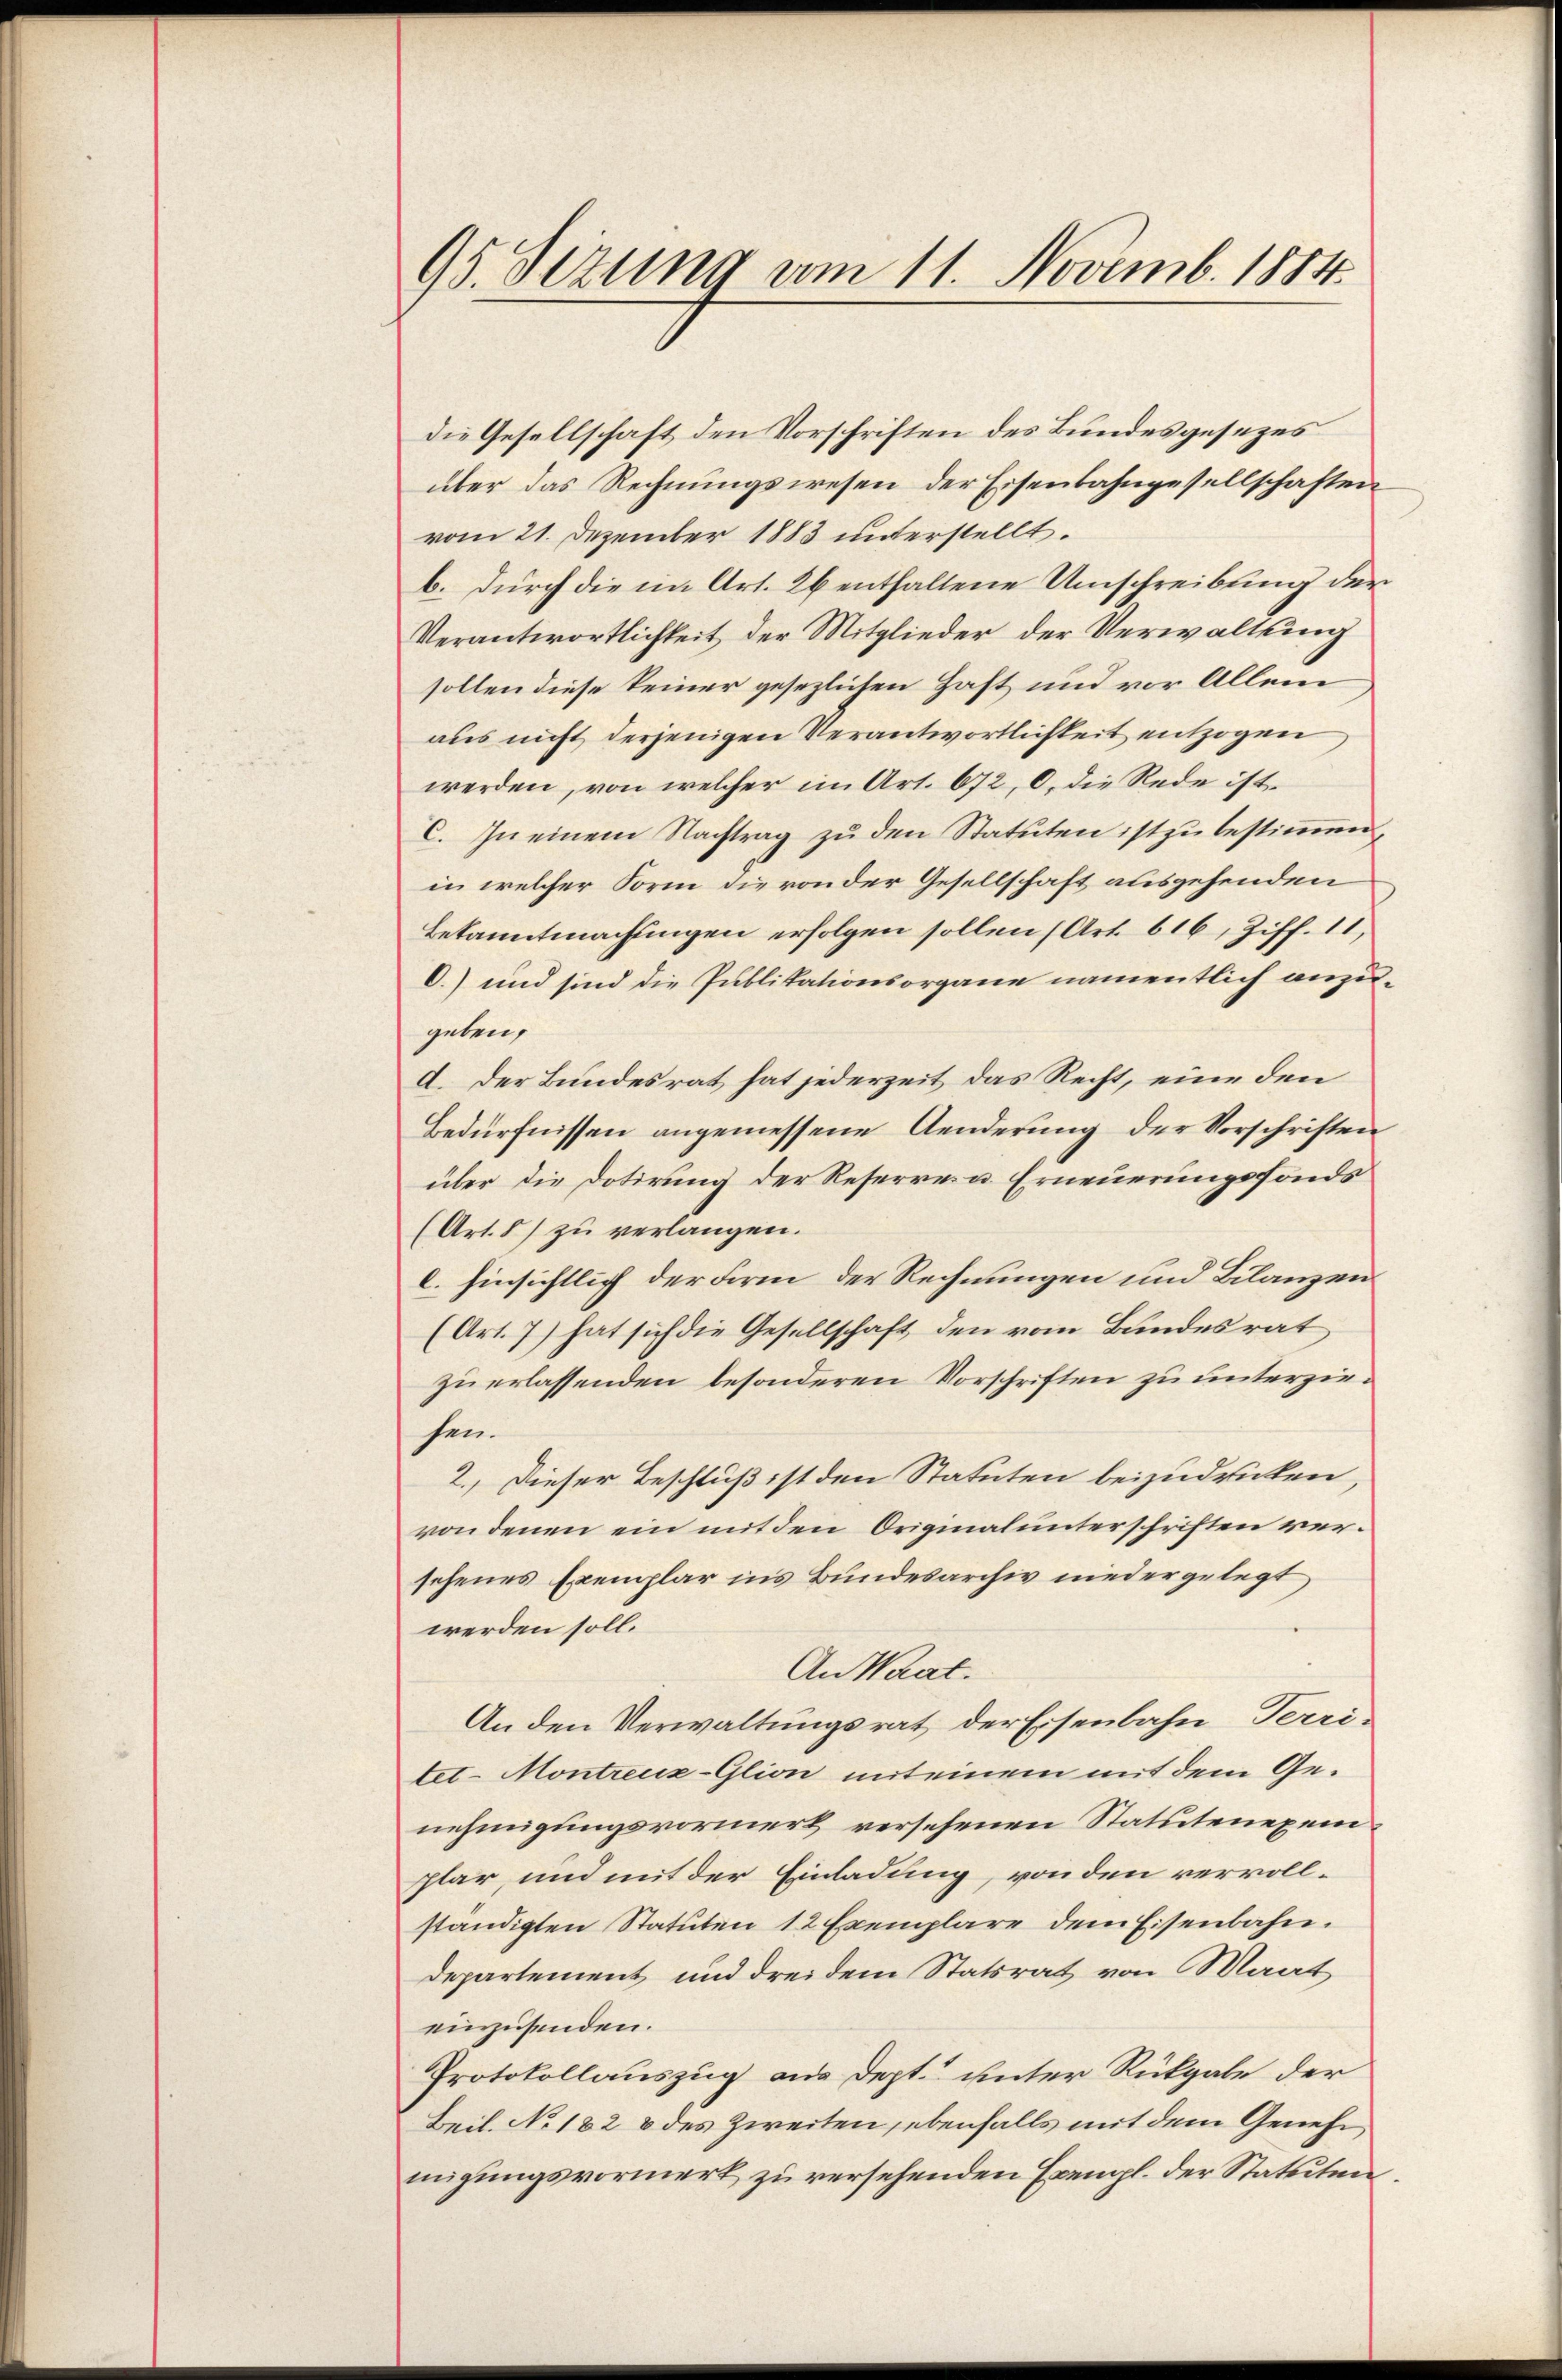
95 Sizung vom 11. Novemb. 1884.

die Gesellschaft den Vorschriften des Bundesgesezes
über das Rechnungswesen der Eisenbahngesellschaften
vom 21. Dezember 1883 unterstellt.
b. durch die im Art. 26 enthaltene Umschreibung der
Verantwortlichkeit der Mitglieder der Verwaltung
sollen diese keiner gesezlichen Haft und vor Allem
aus nicht derjenigen Verantwortlichkeit entzogen
werden, von welcher im Art. 672, 0. die Rede ist
C. In einem Nachtrag zŭ den Statuten ist zŭ bestiṁen,
in welcher Form die von der Gesellschaft ausgehenden
Bekanntmachungen erfolgen sollen (Art. 616, Ziff. 11,
O.) und sind die Publikationsorgane namentlich anzugeben.
d. Der Bundesrat hat jederzeit das Recht, eine den
Bedürfnissen angemessene Aenderung der Vorschriften
über die Dotirung der Reserren u Erneuerungsfonds
(Art. 8) zu verlangen.
l. hinsichtlich der Form der Rechnungen und Bilanzen
(Art. 7) hat sich die Gesellschaft den vom Bundesrat
zu erlassenden besonderen Vorschriften zu unterziesen.
2.) Dieser Beschluß ist den Statuten beizudrücken,
von denen ein mit den Originalunterschriften versehenes Exemplar ins Bundesarchiv niedergelegt
werden soll.
An Waat.
An den Verwaltungsrat der Eisenbahn, Terri-
tet-Montreuz-Glion mit einem mit dem Genehmigungsvormerk versehenen Statutenexemplar, und mit der Einladung, von den vervollständigten Statuten 12 Exemplare dem Eisenbahn.
Departement und drei dem Statsrat von Maat
einzusenden.
Protokollauszug aus Dept. unter Rückgabe der
Beil. No 182 & des Zweiten, ebenfalls mit dem Genehm
migungsvormerk zu versehenden Exempl. der Statuten.